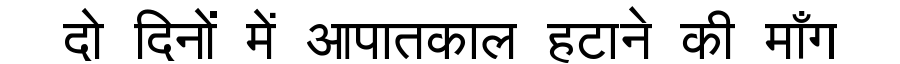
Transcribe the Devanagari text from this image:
दो दिनों में आपातकाल हटाने की माँग